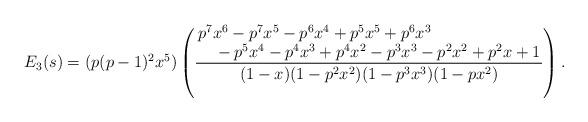
LaTeX: \begin{align*}E_3(s) = (p(p-1)^2x^5)\left(\frac{\splitfrac{p^7x^6 - p^7x^5 - p^6x^4 + p^5x^5 + p^6x^3}{ - p^5x^4 - p^4x^3 + p^4x^2 - p^3x^3 - p^2x^2 + p^2x + 1}}{(1-x)(1-p^2x^2)(1-p^3x^3)(1-px^2)}\right).\end{align*}